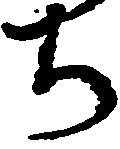
ち